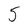
Character: 5